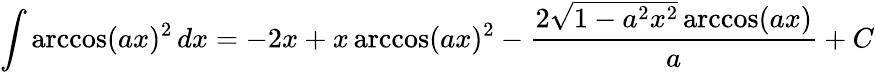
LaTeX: \int\operatorname{arccos}(ax)^{2}\, dx=-2x+x\operatorname{arccos}(ax)^{2}-{\frac{2{\sqrt{1-a^{2}x^{2}}}\operatorname{arccos}(ax)}{a}}+C